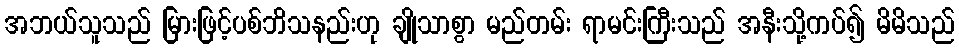
အဘယ်သူသည် မြားဖြင့်ပစ်ဘိသနည်းဟု ချိုသာစွာ မည်တမ်း ရာမင်းကြီးသည် အနီးသို့ကပ်၍ မိမိသည်